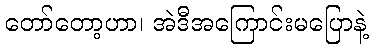
တော်တော့ဟာ၊ အဲဒီအကြောင်းမပြောနဲ့